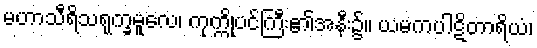
မဟာသီရိသရုက္ခမူလေ၊ ကုက္ကိုပင်ကြီး၏အနီး၌။ ယမကပါဋိတာရိယံ၊